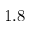
1 . 8